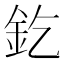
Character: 釳